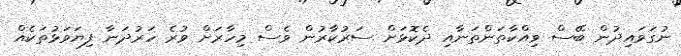
ނުގަވައިދުން ބޭސް ވިއްކާތަންތަނާއި ދެކޮޅަށް ސަރުކާރުން ވެސް މިހާރަށް ވުރެ ހަރުދަނާ ފިޔަވަޅުތަކެއް